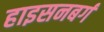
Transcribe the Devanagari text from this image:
हाइसनबर्ग